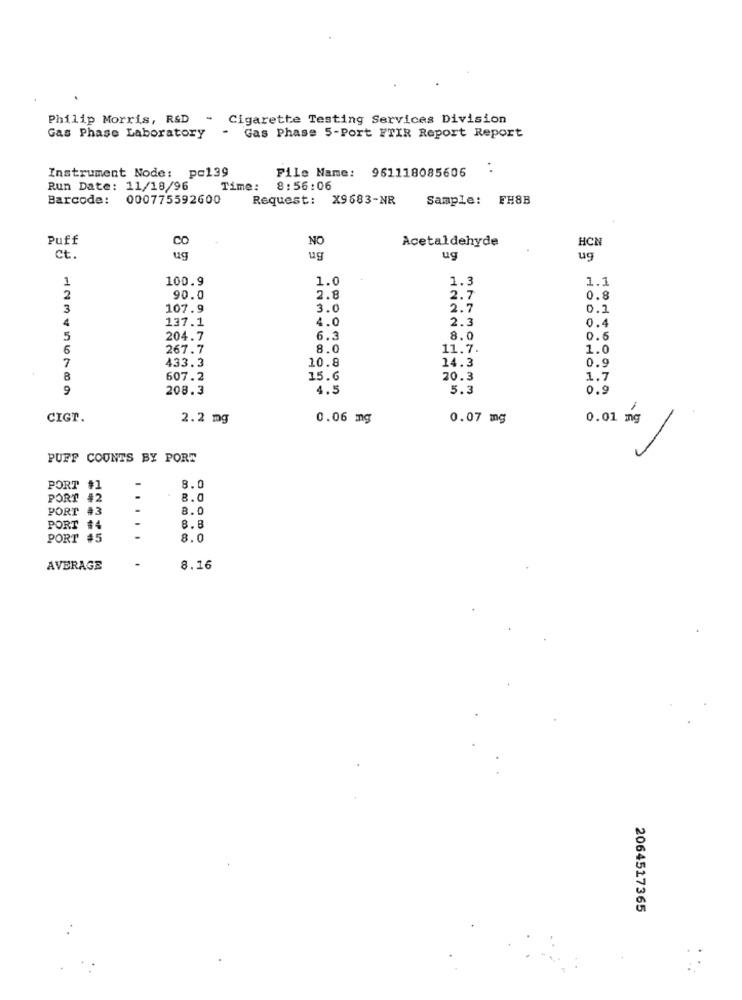
Philip Morris, R&D
- Cigarette Testing Services Division
Gas Phase 5-Port FTIR Report Report
Gas Phase Laboratory
Instrument Node: pc139
File Name: 961118085606
Run Date: 11/18/96
Time:
8:56:06
Barcode: 000775592600
Request: X9683-NR
Sample: FH8B
Puff
CO
NO
Acetaldehyde
HCN
Ct.
ug
ug
ug
ug
1
100.9
1.0
1.3
1.1
2
90.0
2.8
2.7
0.8
3
107.9
3.0
2.7
0.3
4
137.1
4.0
2.3
0.4
5
204.7
6.5
8.0
0.8
6
267.7
8.0
11.7.
1.0
7
10.8
14.3
0.9
433.3
8
607.2
15.6
20.3
1.7
9
208.3
4.5
5.3
0.9
1
CIGT.
2.2 mg
0.06 mg
0.07 mg
0.01 mg
PUFF COUNTS BY PORT
PORT #1
-
8.0
PORT #2
.
8.0
PORT .
8.0
PORT #
-
8.8
PORT #5
8.0
-
AVERAGE
8.16
2064517365